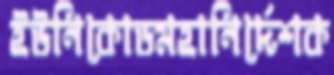
ইউনিকোডমহানির্দেশক